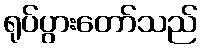
ရုပ်ပွားတော်သည်